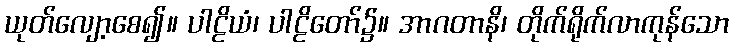
ယုတ်လျော့စေ၍။ ပါဠိယံ၊ ပါဠိတော်၌။ အာဂတာနိ၊ တိုက်ရိုက်လာကုန်သော